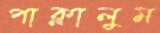
পাক্‌লালুম